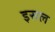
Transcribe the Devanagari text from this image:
इसल